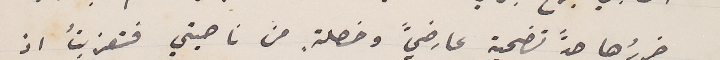
ضررُها حدً تضحية عارضيً وخصلة. من ناحيتي فتعزيتُ اذ